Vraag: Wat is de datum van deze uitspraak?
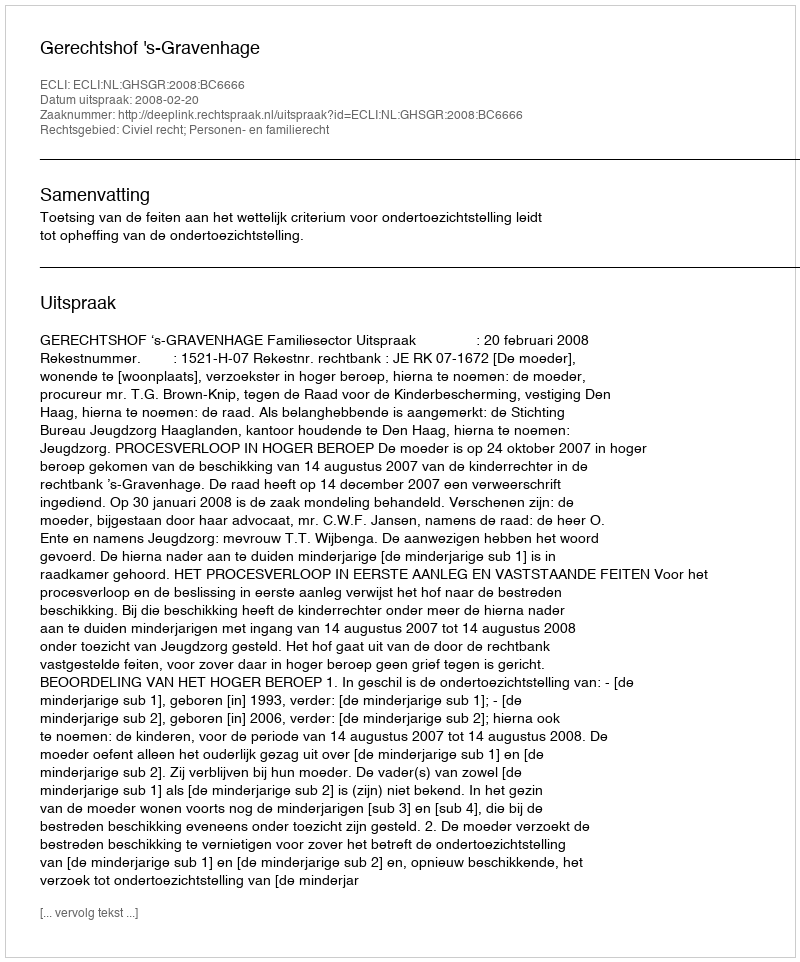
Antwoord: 2008-02-20